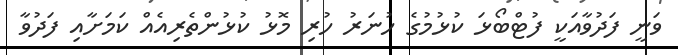
ވަނީ ފަދުވާއަކީ ފުޓްބޯޅަ ކުޅުމުގެ ހުނަރު ހުރި މޮޅު ކުޅުންތެރިއެއް ކަމަށާއި ފަދުވާ